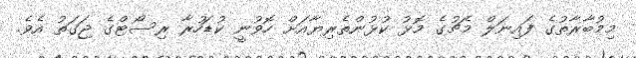
މިމުބާރާތުގެ ފައިނަލް މެޗުގެ މޮޅު ކުޅުންތެރިޔާއަށް ހޮވުނީ ކުޑަހުރާ ރިސޯޓްގެ ޖަގަތު އެވެ.